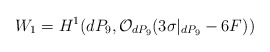
\begin{align*}W_1 = H^{1}(dP_9, {\cal O}_{dP_9}(3 \sigma|_{dP_9} -6F))\end{align*}